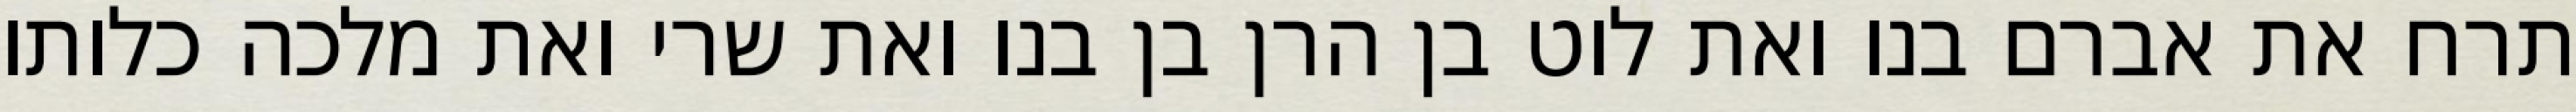
תרח את אברם בנו ואת לוט בן הרן בן בנו ואת שרי ואת מלכה כלותו